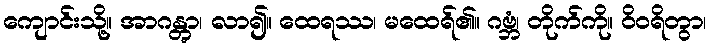
ကျောင်းသို့။ အာဂန္တွာ၊ လာ၍။ ထေရဿ၊ မထေရ်၏။ ဂဗ္ဘံ၊ တိုက်ကို။ ဝိဝရိတွာ၊